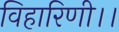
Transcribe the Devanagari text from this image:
विहारिणी।।